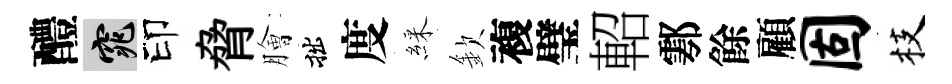
醴窕印脅膾拙度綵欽複璧軺鄠餘顧固枝